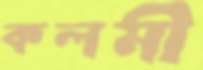
কলমী